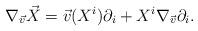
LaTeX: \begin{align*}\nabla_{\vec{v}} \vec{X} &= \vec{v}(X^i) \partial_i + X^i \nabla_{\vec{v}} \partial_i.\end{align*}